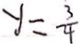
y = \frac { 3 } { 4 }